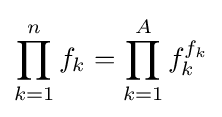
\prod _{k=1}^{n}f_{k}=\prod _{k=1}^{A}f_{k}^{f_{k}}